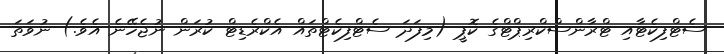
ސެޓްފިކެޓާއި ޓްރާންސްކްރިޕްޓްގެ ކޮޕީ (މިފަދަ ސެޓްފިކެޓްތައް އެކްރެޑިޓް ކުރަން ނުޖެހޭނެ އެވެ.) ނުވަތަ